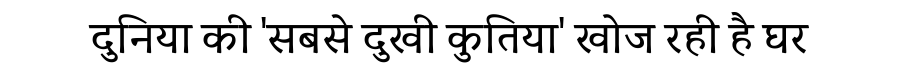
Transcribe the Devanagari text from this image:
दुनिया की 'सबसे दुखी कुतिया' खोज रही है घर